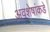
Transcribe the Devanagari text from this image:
अवशेषांकडे